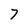
Character: 7